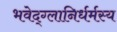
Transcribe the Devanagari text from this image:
भवेद्‌ग्लानिर्धर्मस्य